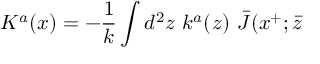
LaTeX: K ^ { a } ( x ) = - { \frac { 1 } { k } } \int d ^ { 2 } z \, \, k ^ { a } ( z ) \, \, \bar { J } ( x ^ { + } ; \bar { z }